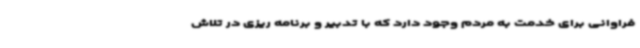
فراوانی برای خدمت به مردم وجود دارد که با تدبیر و برنامه ریزی در تلاش